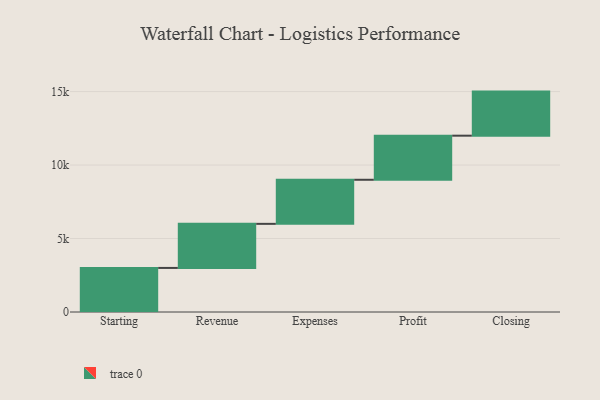
{"axis": {"x": "Step", "y": "Value"}, "legend": [""], "data": [{"x": "Starting", "y": 2999.0, "type": ""}, {"x": "Revenue", "y": 3000, "type": ""}, {"x": "Expenses", "y": 3000, "type": ""}, {"x": "Profit", "y": 3000, "type": ""}, {"x": "Closing", "y": 3000, "type": ""}]}